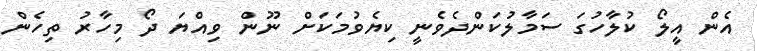
އެން އީލޯ ކުލާހުގަ ސަމާލުކަންދެވެނީ ކިޔެވުމަކަށް ނޫން ވިއްޔަ ދޯ މިހާރު ތިހެން